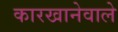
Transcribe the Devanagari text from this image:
कारखानेवाले